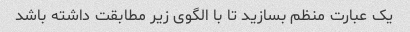
یک عبارت منظم بسازید تا با الگوی زیر مطابقت داشته باشد